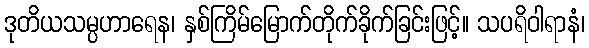
ဒုတိယသမ္ပဟာရေန၊ နှစ်ကြိမ်မြောက်တိုက်ခိုက်ခြင်းဖြင့်။ သပရိဝါရာနံ၊